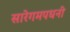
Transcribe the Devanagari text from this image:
सारेगमपधनी